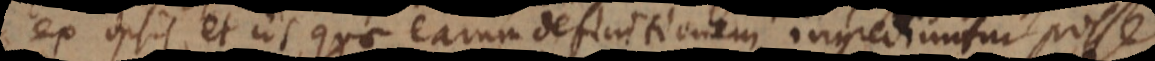
ex ipsis et iis quae earum definitionem ingrediuntur posse